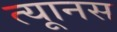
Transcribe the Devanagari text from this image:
त्यूानस